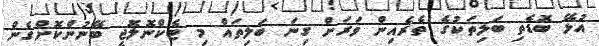
އުޅޭ ބޮޑެތި ބަލިތަކުގެ ތެރެއިން ވަރަށް ގިނަ ބަލިތައް މި ޓެކްނޮލޮޖީ ބޭނުންކޮށްގެން